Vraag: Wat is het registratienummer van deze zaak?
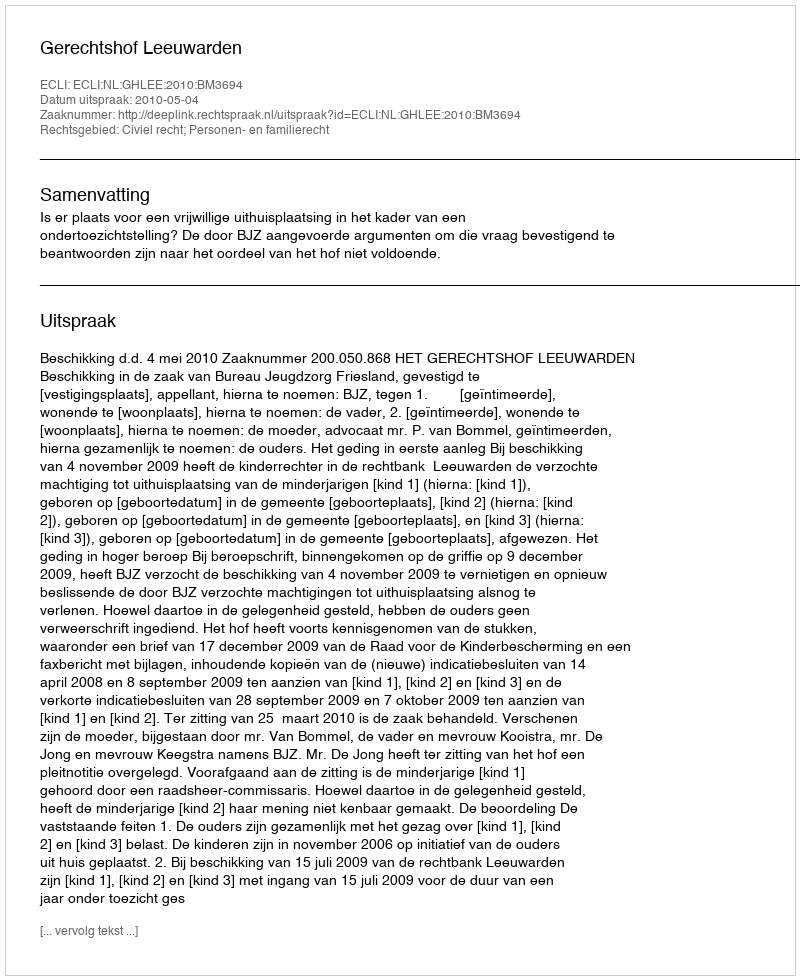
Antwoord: http://deeplink.rechtspraak.nl/uitspraak?id=ECLI:NL:GHLEE:2010:BM3694